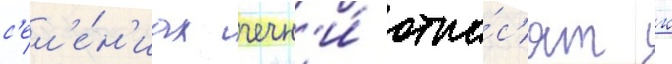
с'ел'е́н'иах чечн'и́ отно́с'ят к